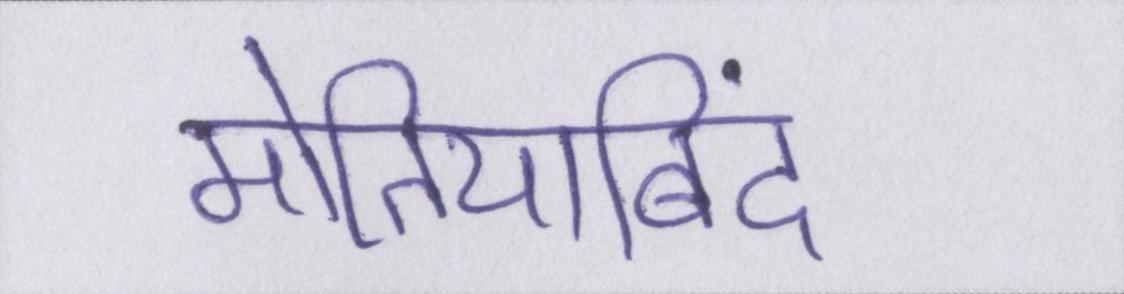
मोतियाबिंद